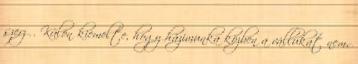
szerző. Külön kiemelte, hogy házimunka közben a vállukat nem,